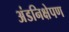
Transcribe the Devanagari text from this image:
अंडनिक्षेपण